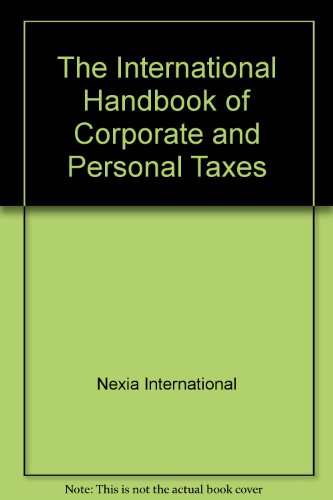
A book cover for The International Handbook of Corporate and Personal Taxes; Law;